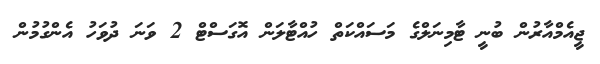
ޖީއެމްއާރުން ބުނީ ޓާމިނަލްގެ މަސައްކަތް ހުއްޓާލަން އޮގަސްޓް 2 ވަނަ ދުވަހު އެންގުމުން